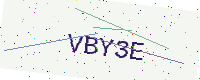
Text: VBY3E